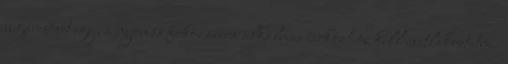
sugárcsövet egy, a nyomás fokozására alkalmas eszközhöz kell csatlakoztatni.